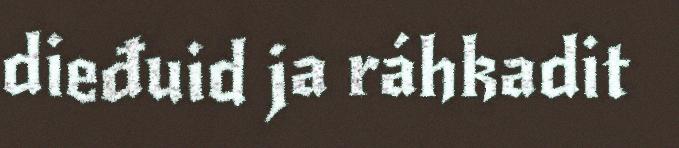
dieđuid ja ráhkadit